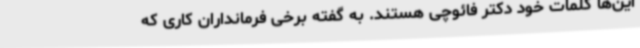
این‌ها کلمات خود دکتر فائوچی هستند. به گفته برخی فرمانداران کاری که